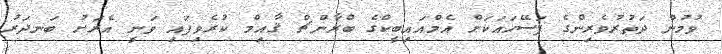
ވުމުން ދަތުރުވެރިންގެ ފަސޭހައަކަށް އެމްއައިބީކްގެ ބްރާންޗް ޤާއިމް ކުރެވިފައި ވަނީ އެރަށު ބަނދަރު